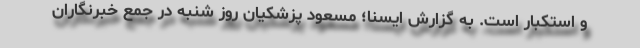
و استکبار است. به گزارش ایسنا؛ مسعود پزشکیان روز شنبه در جمع خبرنگاران